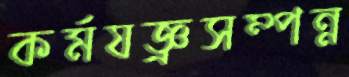
কর্মযজ্ঞ্রসম্পন্ন